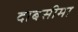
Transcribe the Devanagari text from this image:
दाबसीमा